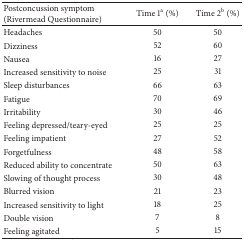
<table><thead><tr><td><b>Postconcussion symptom (Rivermead Questionnaire) </b></td><td><b>Time 1<sup>a</sup> (%)</b></td><td><b>Time 2<sup>b</sup> (%)</b></td></tr></thead><tbody><tr><td>Headaches</td><td>50</td><td>50</td></tr><tr><td>Dizziness</td><td>52</td><td>60</td></tr><tr><td>Nausea </td><td>16</td><td>27</td></tr><tr><td>Increased sensitivity to noise</td><td>25</td><td>31</td></tr><tr><td>Sleep disturbances</td><td>66</td><td>63</td></tr><tr><td>Fatigue</td><td>70</td><td>69</td></tr><tr><td>Irritability</td><td>30</td><td>46</td></tr><tr><td>Feeling depressed/teary-eyed</td><td>25</td><td>25</td></tr><tr><td>Feeling impatient</td><td>27</td><td>52</td></tr><tr><td>Forgetfulness</td><td>48</td><td>58</td></tr><tr><td>Reduced ability to concentrate</td><td>50</td><td>63</td></tr><tr><td>Slowing of thought process</td><td>30</td><td>48</td></tr><tr><td>Blurred vision</td><td>21</td><td>23</td></tr><tr><td>Increased sensitivity to light</td><td>18</td><td>25</td></tr><tr><td>Double vision</td><td>7</td><td>8</td></tr><tr><td>Feeling agitated</td><td>5</td><td>15</td></tr></tbody></table>